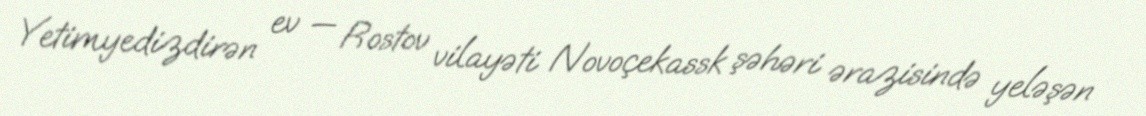
Yetimyedizdirən ev — Rostov vilayəti Novoçekassk şəhəri ərazisində yeləşən